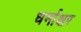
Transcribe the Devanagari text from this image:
धर्माक्षर